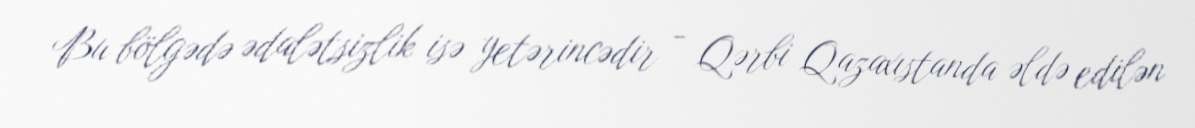
Bu bölgədə ədalətsizlik isə yetərincədir - Qərbi Qazaxıstanda əldə edilən